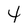
Character: 4